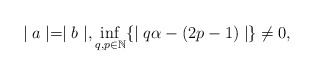
\begin{align*}\mid a\mid=\mid b\mid,\inf_{q,p\in\mathbb{N}}\{\mid q\alpha-(2p-1)\mid\}\neq0,\end{align*}